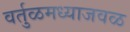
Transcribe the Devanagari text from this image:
वर्तुळमध्याजवळ